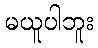
မယူပါဘူး